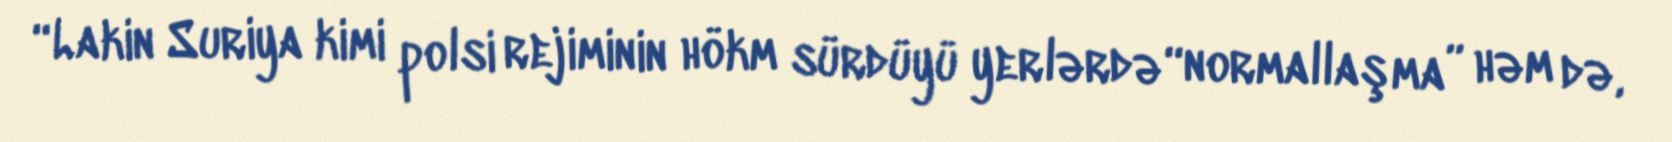
“Lakin Suriya kimi polsi rejiminin hökm sürdüyü yerlərdə “normallaşma” həm də,